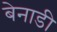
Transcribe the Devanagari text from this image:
बेनाडी